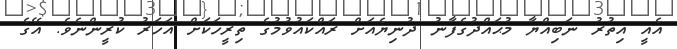
އެއީ އިތުރު ނަބިއްޔާ މުޙައްދުގެފާނު ދުނިޔެއަށް ރައްކައުވުމުގެ ތިރީހަކަށް އަހަރު ކުރީންނެވެ. އޭގެ